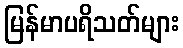
မြန်မာပရိသတ်များ